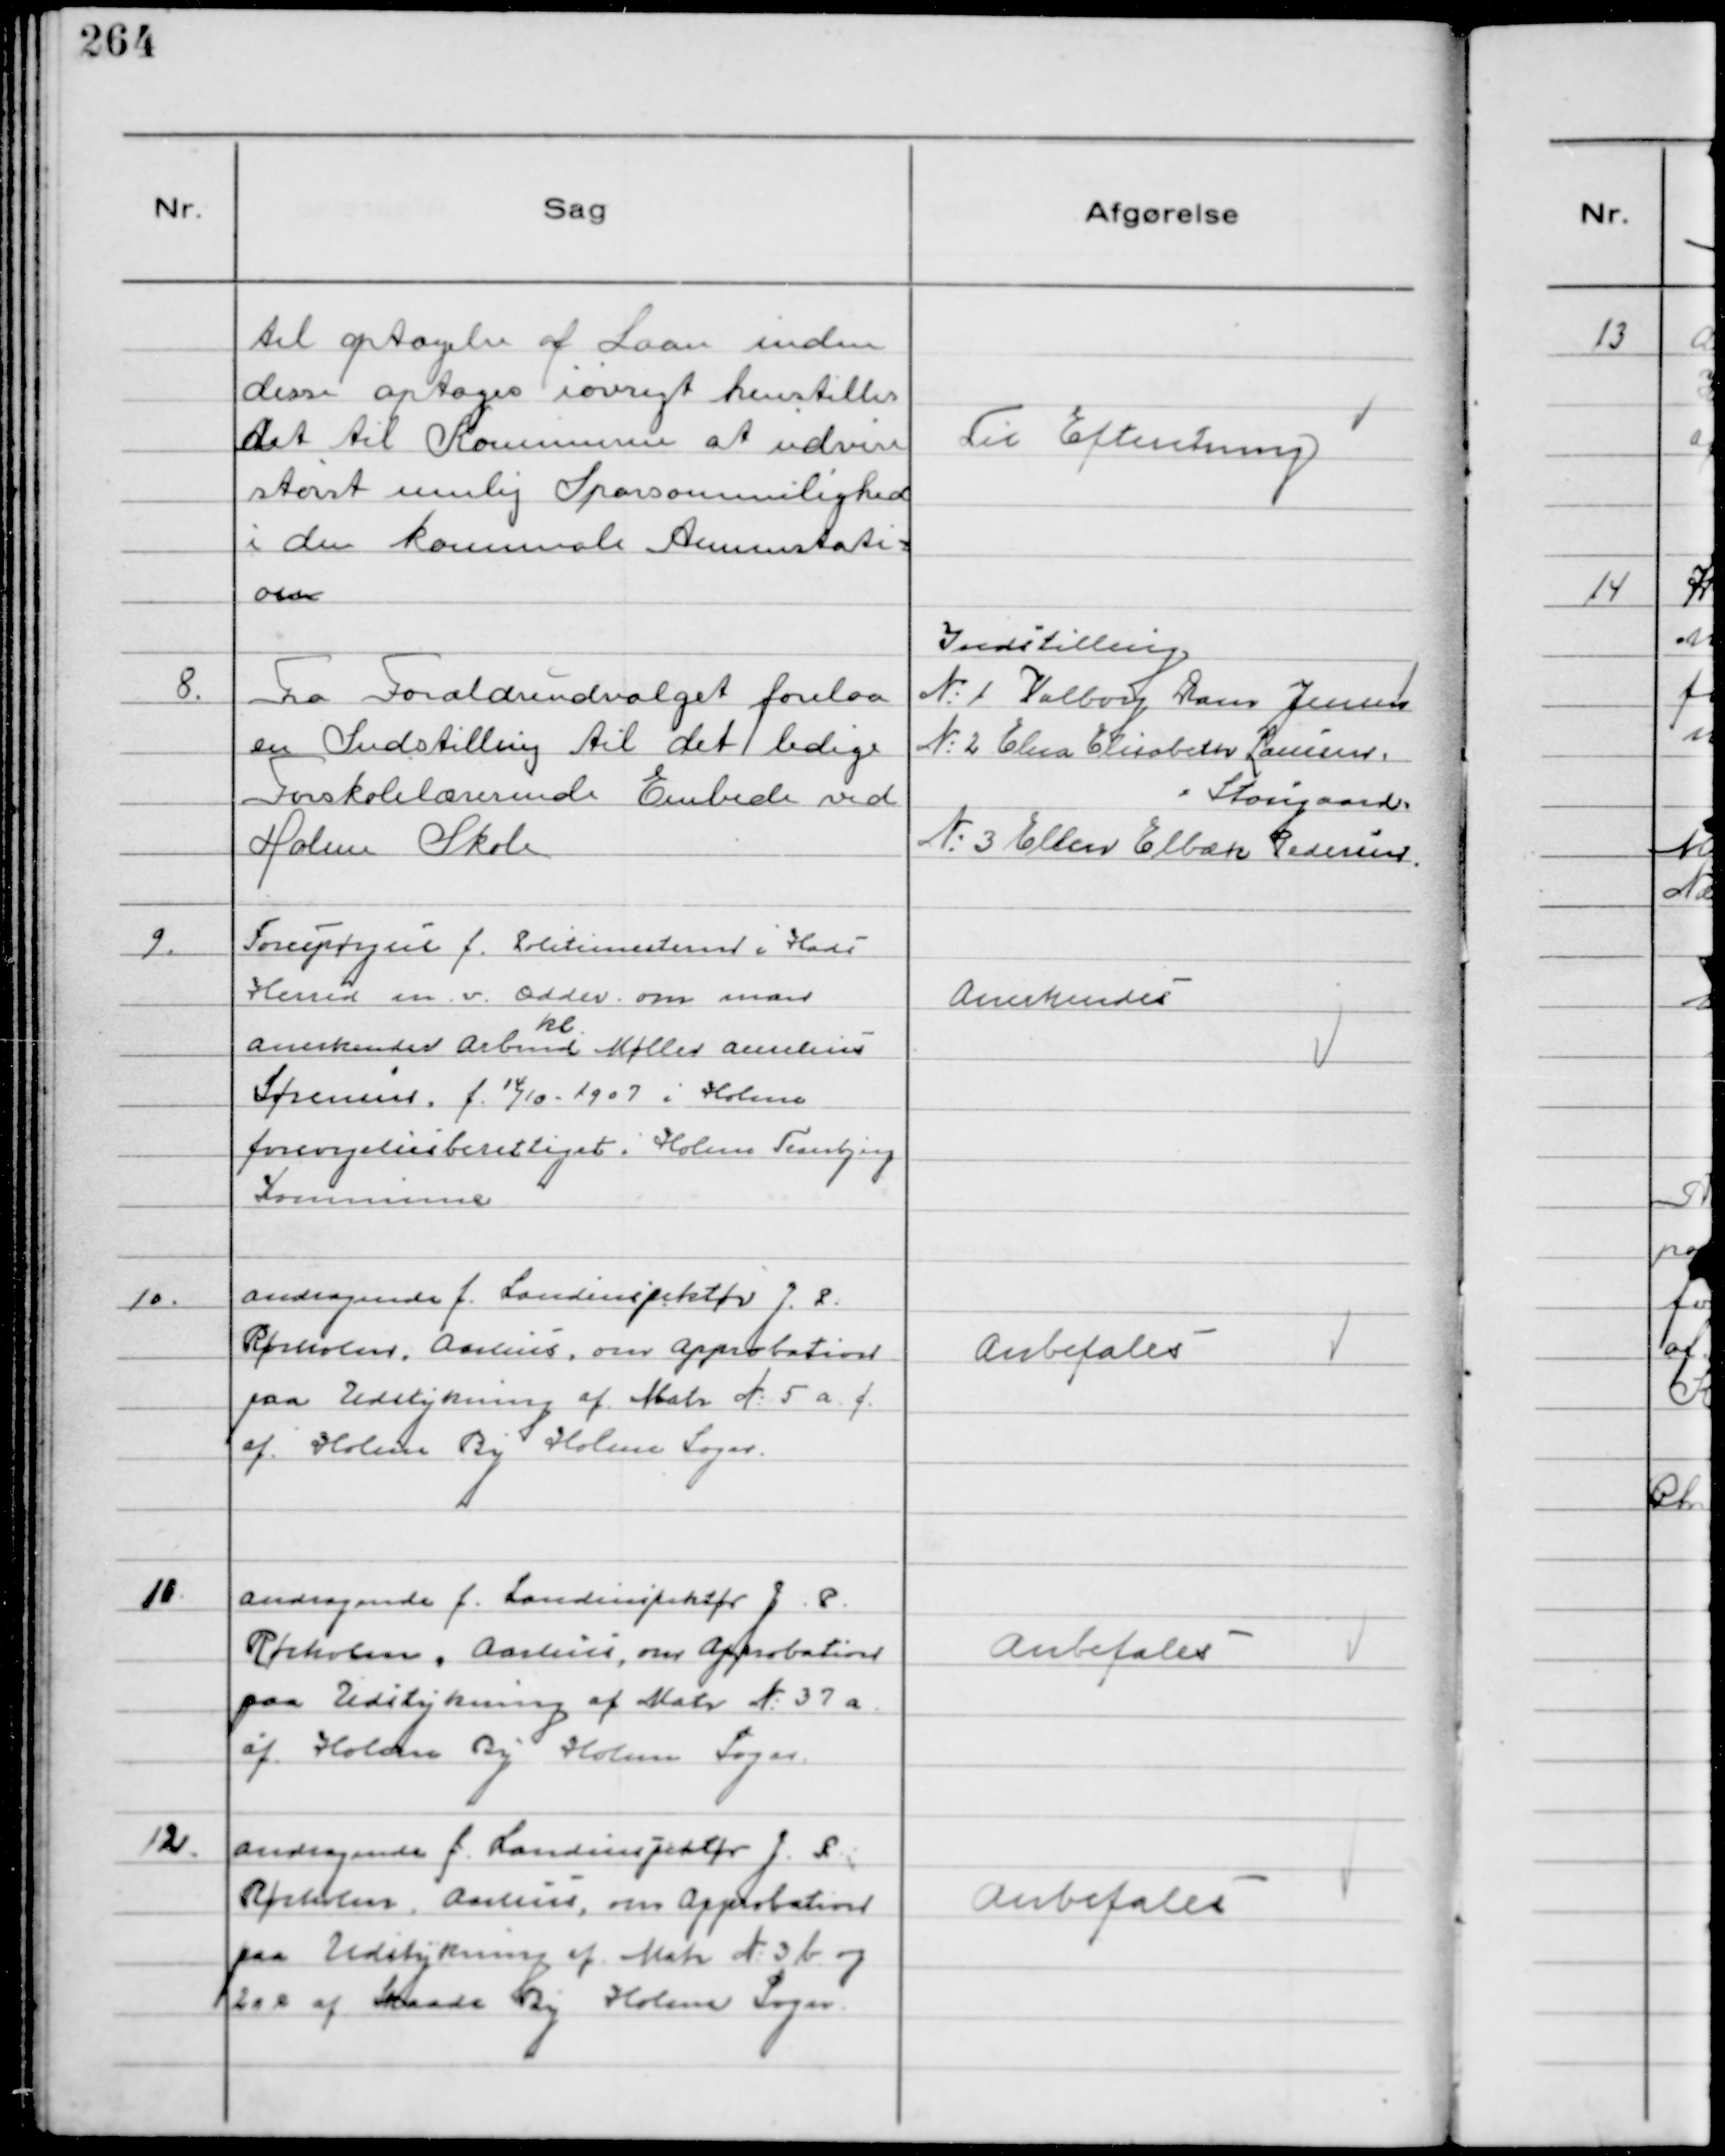
Transskription:
til optagelse af Laan inden
disse optages iøvrigt henstilles
det til Kommunen at udvise
størst mulig Sparsommelighed
i den kommunale Ammistati-
on

Til Efteretning

8.
Fra Forældreudvalget forelaa
en Indstilling til det ledige
Forskolelærerinde Embede ved
Holme Skole

Indstilling
№1 Valborg Dam Jensen
№2 Elna Elisabeth Laursen.
Stougaard
№3 Ellen Elbæk Pedersen

9.
Forespørgsel f. Politimesteren i Hads
Herred m.v. Odder om man
kl.
anerkender Arbmd Møller Aurelius
Sørensen f. 14/10 1907 i Holme
forsørgelsesberettiget i Holme Tranbjerg
Kommune

Anerkendes

10.
Andragende f. Landinspektør J. P.
Rørholm, Aarhus, Om Approbation
paa Udstykning af Matr № 5 a. f.
af Holme By Holme Sogn

Anbefales

11
Andragende f. Landinspektør J.P.
Rørholm, Aarhus, om Approbation
paa Udstykning af Matr №37 a
af Holme By Holme Sogn.

Anbefales

12.
Andragende f. Landinspektør J. P. 
Rørholm, Aarhus, om Approbation
paa Udstykning af Matr №3b og
2 a e af Holme By Holme Sogn

Anbefales